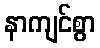
နာကျင်စွာ